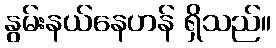
နွမ်းနယ်နေဟန် ရှိသည်။